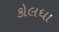
કોલધા